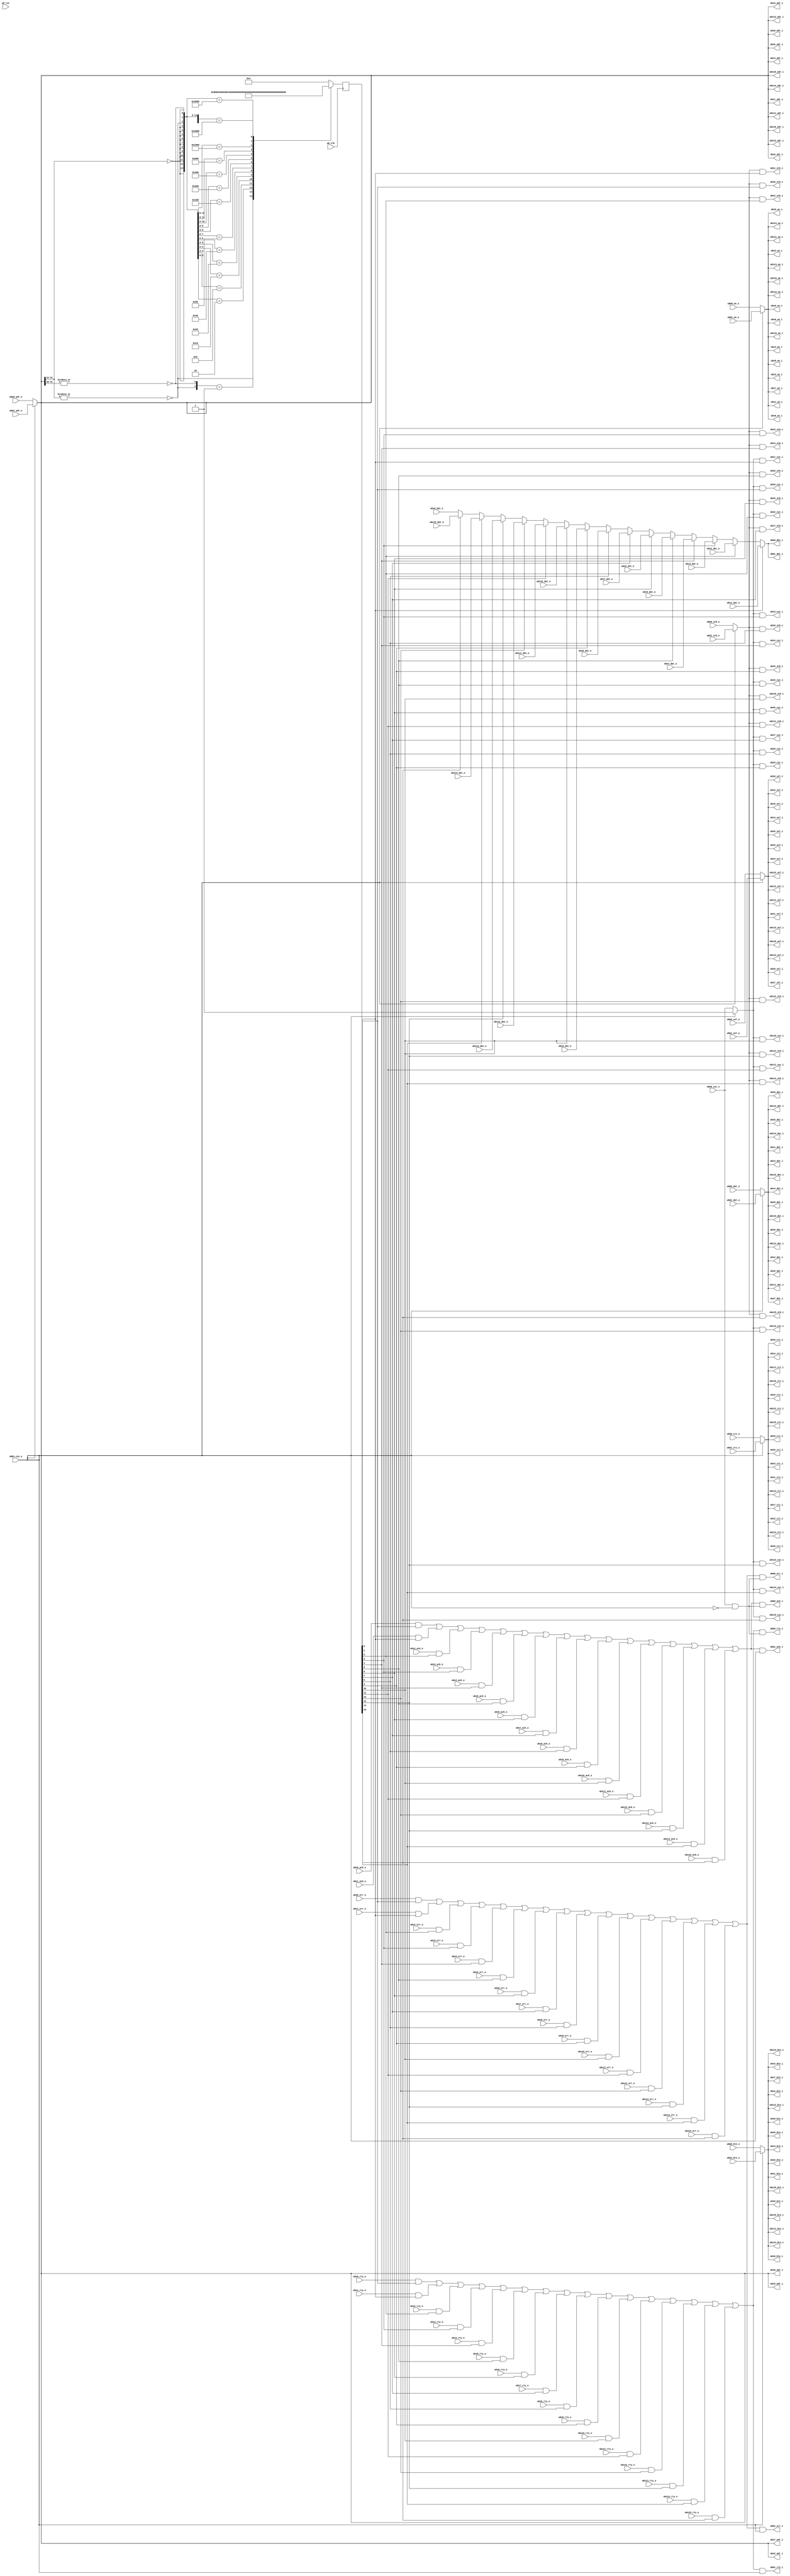
module arbiter_dbus
  (
   // or1200 data master
   // Wishbone Master interface
   wbm0_adr_o,
   wbm0_dat_o,
   wbm0_sel_o,
   wbm0_we_o,
   wbm0_cyc_o,
   wbm0_stb_o,
   wbm0_cti_o,
   wbm0_bte_o,
  
   wbm0_dat_i,
   wbm0_ack_i,
   wbm0_err_i,
   wbm0_rty_i,

   // or1200 debug master
   // Wishbone Master interface
   wbm1_adr_o,
   wbm1_dat_o,
   wbm1_sel_o,
   wbm1_we_o,
   wbm1_cyc_o,
   wbm1_stb_o,
   wbm1_cti_o,
   wbm1_bte_o,
  
   wbm1_dat_i,
   wbm1_ack_i,
   wbm1_err_i,
   wbm1_rty_i,

   // Slave one - DDR2
   // Wishbone Slave interface
   wbs0_adr_i,
   wbs0_dat_i,
   wbs0_sel_i,		    
   wbs0_we_i,
   wbs0_cyc_i,
   wbs0_stb_i,
   wbs0_cti_i,
   wbs0_bte_i,
  
   wbs0_dat_o,
   wbs0_ack_o,
   wbs0_err_o,
   wbs0_rty_o,

   // Slave two - Ethernet
   // Wishbone Slave interface
   wbs1_adr_i,
   wbs1_dat_i,
   wbs1_sel_i,		    
   wbs1_we_i,
   wbs1_cyc_i,
   wbs1_stb_i,
   wbs1_cti_i,
   wbs1_bte_i,
  
   wbs1_dat_o,
   wbs1_ack_o,
   wbs1_err_o,
   wbs1_rty_o,


   // Slave three - Byte bus - default
   // Wishbone Slave interface
   wbs2_adr_i,
   wbs2_dat_i,
   wbs2_sel_i,		    
   wbs2_we_i,
   wbs2_cyc_i,
   wbs2_stb_i,
   wbs2_cti_i,
   wbs2_bte_i,
  
   wbs2_dat_o,
   wbs2_ack_o,
   wbs2_err_o,
   wbs2_rty_o,

   // Slave four - ROM/RAM
   // Wishbone Slave interface
   wbs3_adr_i,
   wbs3_dat_i,
   wbs3_sel_i,		    
   wbs3_we_i,
   wbs3_cyc_i,
   wbs3_stb_i,
   wbs3_cti_i,
   wbs3_bte_i,
  
   wbs3_dat_o,
   wbs3_ack_o,
   wbs3_err_o,
   wbs3_rty_o,

   // Slave five - MD5
   // Wishbone Slave interface
   wbs4_adr_i,
   wbs4_dat_i,
   wbs4_sel_i,		    
   wbs4_we_i,
   wbs4_cyc_i,
   wbs4_stb_i,
   wbs4_cti_i,
   wbs4_bte_i,
  
   wbs4_dat_o,
   wbs4_ack_o,
   wbs4_err_o,
   wbs4_rty_o,

    wbs5_adr_i,
    wbs5_dat_i,
       wbs5_sel_i,    
    wbs5_we_i,
    wbs5_cyc_i,
    wbs5_stb_i,
    wbs5_cti_i,
    wbs5_bte_i,
   
    wbs5_dat_o,
    wbs5_ack_o,
    wbs5_err_o,
    wbs5_rty_o,
 
    wbs6_adr_i,
    wbs6_dat_i,
       wbs6_sel_i,    
    wbs6_we_i,
    wbs6_cyc_i,
    wbs6_stb_i,
    wbs6_cti_i,
    wbs6_bte_i,
   
    wbs6_dat_o,
    wbs6_ack_o,
    wbs6_err_o,
    wbs6_rty_o,
 
    wbs7_adr_i,
    wbs7_dat_i,
       wbs7_sel_i,    
    wbs7_we_i,
    wbs7_cyc_i,
    wbs7_stb_i,
    wbs7_cti_i,
    wbs7_bte_i,
   
    wbs7_dat_o,
    wbs7_ack_o,
    wbs7_err_o,
    wbs7_rty_o,
 
    wbs8_adr_i,
    wbs8_dat_i,
       wbs8_sel_i,    
    wbs8_we_i,
    wbs8_cyc_i,
    wbs8_stb_i,
    wbs8_cti_i,
    wbs8_bte_i,
   
    wbs8_dat_o,
    wbs8_ack_o,
    wbs8_err_o,
    wbs8_rty_o,
 
    wbs9_adr_i,
    wbs9_dat_i,
       wbs9_sel_i,    
    wbs9_we_i,
    wbs9_cyc_i,
    wbs9_stb_i,
    wbs9_cti_i,
    wbs9_bte_i,
   
    wbs9_dat_o,
    wbs9_ack_o,
    wbs9_err_o,
    wbs9_rty_o,
 
    wbs10_adr_i,
    wbs10_dat_i,
       wbs10_sel_i,    
    wbs10_we_i,
    wbs10_cyc_i,
    wbs10_stb_i,
    wbs10_cti_i,
    wbs10_bte_i,
   
    wbs10_dat_o,
    wbs10_ack_o,
    wbs10_err_o,
    wbs10_rty_o,
 
    wbs11_adr_i,
    wbs11_dat_i,
       wbs11_sel_i,    
    wbs11_we_i,
    wbs11_cyc_i,
    wbs11_stb_i,
    wbs11_cti_i,
    wbs11_bte_i,
   
    wbs11_dat_o,
    wbs11_ack_o,
    wbs11_err_o,
    wbs11_rty_o,
 
    wbs12_adr_i,
    wbs12_dat_i,
       wbs12_sel_i,    
    wbs12_we_i,
    wbs12_cyc_i,
    wbs12_stb_i,
    wbs12_cti_i,
    wbs12_bte_i,
   
    wbs12_dat_o,
    wbs12_ack_o,
    wbs12_err_o,
    wbs12_rty_o,
 
    wbs13_adr_i,
    wbs13_dat_i,
       wbs13_sel_i,    
    wbs13_we_i,
    wbs13_cyc_i,
    wbs13_stb_i,
    wbs13_cti_i,
    wbs13_bte_i,
   
    wbs13_dat_o,
    wbs13_ack_o,
    wbs13_err_o,
    wbs13_rty_o,
 
    wbs14_adr_i,
    wbs14_dat_i,
       wbs14_sel_i,    
    wbs14_we_i,
    wbs14_cyc_i,
    wbs14_stb_i,
    wbs14_cti_i,
    wbs14_bte_i,
   
    wbs14_dat_o,
    wbs14_ack_o,
    wbs14_err_o,
    wbs14_rty_o,
 
    wbs15_adr_i,
    wbs15_dat_i,
       wbs15_sel_i,    
    wbs15_we_i,
    wbs15_cyc_i,
    wbs15_stb_i,
    wbs15_cti_i,
    wbs15_bte_i,
   
    wbs15_dat_o,
    wbs15_ack_o,
    wbs15_err_o,
    wbs15_rty_o,
  
   wb_clk,
   wb_rst
   );

   parameter wb_dat_width = 32;
   parameter wb_adr_width = 32;

   parameter wb_addr_match_width = 8;
   parameter wb_num_slaves = 16; // defined in orpsoc-params and set in orpsoc_top

   // Slave addresses - these should be defparam'd from top level
   // Declare them as you need them
   parameter slave0_adr = 0;
   parameter slave1_adr = 0;
   parameter slave2_adr = 0;
   parameter slave3_adr = 0;
   parameter slave4_adr = 0;
   parameter slave5_adr = 0;
   parameter slave6_adr = 0;
   parameter slave7_adr = 0;
   parameter slave8_adr = 0;
   parameter slave9_adr = 0;
   parameter slave10_adr = 0;
   parameter slave11_adr = 0;
   parameter slave12_adr = 0;
   parameter slave13_adr = 0;
   parameter slave14_adr = 0;
   parameter slave15_adr = 0;
   parameter slave0_addr_width = 28;
   parameter slave1_addr_width = 8;
   parameter slave2_addr_width = 8;
   parameter slave3_addr_width = 24;
   parameter slave4_addr_width = 24;
   parameter slave5_addr_width = 24;
   parameter slave6_addr_width = 24;
   parameter slave7_addr_width = 24;
   parameter slave8_addr_width = 24;
   parameter slave9_addr_width = 24;
   parameter slave10_addr_width = 24;
   parameter slave11_addr_width = 24;
   parameter slave12_addr_width = 24;
   parameter slave13_addr_width = 24;
   parameter slave14_addr_width = 24;
   parameter slave15_addr_width = 24;
   
   // Select for slave 0
`define WB_ARB_ADDR_MATCH_SEL wb_adr_width-1:wb_adr_width-wb_addr_match_width

   input wb_clk;
   input wb_rst;
   
   // WB Master one
   input [wb_adr_width-1:0] wbm0_adr_o;
   input [wb_dat_width-1:0] wbm0_dat_o;
   input [3:0] 		    wbm0_sel_o;
   input 		    wbm0_we_o;
   input 		    wbm0_cyc_o;
   input 		    wbm0_stb_o;
   input [2:0] 		    wbm0_cti_o;
   input [1:0] 		    wbm0_bte_o;
   output [wb_dat_width-1:0] wbm0_dat_i;   
   output 		     wbm0_ack_i;
   output 		     wbm0_err_i;
   output 		     wbm0_rty_i;   
   
   
   input [wb_adr_width-1:0]  wbm1_adr_o;
   input [wb_dat_width-1:0]  wbm1_dat_o;
   input [3:0] 		     wbm1_sel_o;   
   input 		     wbm1_we_o;
   input 		     wbm1_cyc_o;
   input 		     wbm1_stb_o;
   input [2:0] 		     wbm1_cti_o;
   input [1:0] 		     wbm1_bte_o;
   output [wb_dat_width-1:0] wbm1_dat_i;   
   output 		     wbm1_ack_i;
   output 		     wbm1_err_i;
   output 		     wbm1_rty_i;   

   
   // Slave one
   // Wishbone Slave interface
   output [wb_adr_width-1:0] wbs0_adr_i;
   output [wb_dat_width-1:0] wbs0_dat_i;
   output [3:0]		     wbs0_sel_i;
   output 		     wbs0_we_i;
   output 		     wbs0_cyc_i;
   output 		     wbs0_stb_i;
   output [2:0] 	     wbs0_cti_i;
   output [1:0] 	     wbs0_bte_i;
   input [wb_dat_width-1:0]  wbs0_dat_o;
   input 		     wbs0_ack_o;
   input 		     wbs0_err_o;
   input 		     wbs0_rty_o;
   

   // Wishbone Slave interface
   output [wb_adr_width-1:0] wbs1_adr_i;
   output [wb_dat_width-1:0] wbs1_dat_i;
   output [3:0]		     wbs1_sel_i;
   output 		     wbs1_we_i;
   output 		     wbs1_cyc_i;
   output 		     wbs1_stb_i;
   output [2:0] 	     wbs1_cti_i;
   output [1:0] 	     wbs1_bte_i;
   input [wb_dat_width-1:0]  wbs1_dat_o;
   input 		     wbs1_ack_o;
   input 		     wbs1_err_o;
   input 		     wbs1_rty_o;
   

   // Wishbone Slave interface
   output [wb_adr_width-1:0] wbs2_adr_i;
   output [wb_dat_width-1:0] wbs2_dat_i;
   output [3:0]		     wbs2_sel_i;
   output 		     wbs2_we_i;
   output 		     wbs2_cyc_i;
   output 		     wbs2_stb_i;
   output [2:0] 	     wbs2_cti_i;
   output [1:0] 	     wbs2_bte_i;
   input [wb_dat_width-1:0]  wbs2_dat_o;
   input 		     wbs2_ack_o;
   input 		     wbs2_err_o;
   input 		     wbs2_rty_o;

   // Wishbone Slave interface
   output [wb_adr_width-1:0] wbs3_adr_i;
   output [wb_dat_width-1:0] wbs3_dat_i;
   output [3:0]		     wbs3_sel_i;
   output 		     wbs3_we_i;
   output 		     wbs3_cyc_i;
   output 		     wbs3_stb_i;
   output [2:0] 	     wbs3_cti_i;
   output [1:0] 	     wbs3_bte_i;
   input [wb_dat_width-1:0]  wbs3_dat_o;
   input 		     wbs3_ack_o;
   input 		     wbs3_err_o;
   input 		     wbs3_rty_o;

   // Wishbone Slave interface
   output [wb_adr_width-1:0] wbs4_adr_i;
   output [wb_dat_width-1:0] wbs4_dat_i;
   output [3:0]		     wbs4_sel_i;
   output 		     wbs4_we_i;
   output 		     wbs4_cyc_i;
   output 		     wbs4_stb_i;
   output [2:0] 	     wbs4_cti_i;
   output [1:0] 	     wbs4_bte_i;
   input [wb_dat_width-1:0]  wbs4_dat_o;
   input 		     wbs4_ack_o;
   input 		     wbs4_err_o;
   input 		     wbs4_rty_o;
   
   // Wishbone Slave interface
   output [wb_adr_width-1:0] wbs5_adr_i;
   output [wb_dat_width-1:0] wbs5_dat_i;
   output [3:0] 	     wbs5_sel_i;
   output 		     wbs5_we_i;
   output 		     wbs5_cyc_i;
   output 		     wbs5_stb_i;
   output [2:0] 	     wbs5_cti_i;
   output [1:0] 	     wbs5_bte_i;
   input [wb_dat_width-1:0]  wbs5_dat_o;
   input 		     wbs5_ack_o;
   input 		     wbs5_err_o;
   input 		     wbs5_rty_o;

   // Wishbone Slave interface
   output [wb_adr_width-1:0] wbs6_adr_i;
   output [wb_dat_width-1:0] wbs6_dat_i;
   output [3:0] 	     wbs6_sel_i;
   output 		     wbs6_we_i;
   output 		     wbs6_cyc_i;
   output 		     wbs6_stb_i;
   output [2:0] 	     wbs6_cti_i;
   output [1:0] 	     wbs6_bte_i;
   input [wb_dat_width-1:0]  wbs6_dat_o;
   input 		     wbs6_ack_o;
   input 		     wbs6_err_o;
   input 		     wbs6_rty_o;
   
   // Wishbone Slave interface
   output [wb_adr_width-1:0] wbs7_adr_i;
   output [wb_dat_width-1:0] wbs7_dat_i;
   output [3:0] 	     wbs7_sel_i;
   output 		     wbs7_we_i;
   output 		     wbs7_cyc_i;
   output 		     wbs7_stb_i;
   output [2:0] 	     wbs7_cti_i;
   output [1:0] 	     wbs7_bte_i;
   input [wb_dat_width-1:0]  wbs7_dat_o;
   input 		     wbs7_ack_o;
   input 		     wbs7_err_o;
   input 		     wbs7_rty_o;
   
   // Wishbone Slave interface
   output [wb_adr_width-1:0] wbs8_adr_i;
   output [wb_dat_width-1:0] wbs8_dat_i;
   output [3:0] 	     wbs8_sel_i;
   output 		     wbs8_we_i;
   output 		     wbs8_cyc_i;
   output 		     wbs8_stb_i;
   output [2:0] 	     wbs8_cti_i;
   output [1:0] 	     wbs8_bte_i;
   input [wb_dat_width-1:0]  wbs8_dat_o;
   input 		     wbs8_ack_o;
   input 		     wbs8_err_o;
   input 		     wbs8_rty_o;
   
   // Wishbone Slave interface
   output [wb_adr_width-1:0] wbs9_adr_i;
   output [wb_dat_width-1:0] wbs9_dat_i;
   output [3:0] 	     wbs9_sel_i;
   output 		     wbs9_we_i;
   output 		     wbs9_cyc_i;
   output 		     wbs9_stb_i;
   output [2:0] 	     wbs9_cti_i;
   output [1:0] 	     wbs9_bte_i;
   input [wb_dat_width-1:0]  wbs9_dat_o;
   input 		     wbs9_ack_o;
   input 		     wbs9_err_o;
   input 		     wbs9_rty_o;
   
   // Wishbone Slave interface
   output [wb_adr_width-1:0] wbs10_adr_i;
   output [wb_dat_width-1:0] wbs10_dat_i;
   output [3:0] 	     wbs10_sel_i;
   output 		     wbs10_we_i;
   output 		     wbs10_cyc_i;
   output 		     wbs10_stb_i;
   output [2:0] 	     wbs10_cti_i;
   output [1:0] 	     wbs10_bte_i;
   input [wb_dat_width-1:0]  wbs10_dat_o;
   input 		     wbs10_ack_o;
   input 		     wbs10_err_o;
   input 		     wbs10_rty_o;
   
   // Wishbone Slave interface
   output [wb_adr_width-1:0] wbs11_adr_i;
   output [wb_dat_width-1:0] wbs11_dat_i;
   output [3:0] 	     wbs11_sel_i;
   output 		     wbs11_we_i;
   output 		     wbs11_cyc_i;
   output 		     wbs11_stb_i;
   output [2:0] 	     wbs11_cti_i;
   output [1:0] 	     wbs11_bte_i;
   input [wb_dat_width-1:0]  wbs11_dat_o;
   input 		     wbs11_ack_o;
   input 		     wbs11_err_o;
   input 		     wbs11_rty_o;
   
   // Wishbone Slave interface
   output [wb_adr_width-1:0] wbs12_adr_i;
   output [wb_dat_width-1:0] wbs12_dat_i;
   output [3:0] 	     wbs12_sel_i;
   output 		     wbs12_we_i;
   output 		     wbs12_cyc_i;
   output 		     wbs12_stb_i;
   output [2:0] 	     wbs12_cti_i;
   output [1:0] 	     wbs12_bte_i;
   input [wb_dat_width-1:0]  wbs12_dat_o;
   input 		     wbs12_ack_o;
   input 		     wbs12_err_o;
   input 		     wbs12_rty_o;
   
   // Wishbone Slave interface
   output [wb_adr_width-1:0] wbs13_adr_i;
   output [wb_dat_width-1:0] wbs13_dat_i;
   output [3:0] 	     wbs13_sel_i;
   output 		     wbs13_we_i;
   output 		     wbs13_cyc_i;
   output 		     wbs13_stb_i;
   output [2:0] 	     wbs13_cti_i;
   output [1:0] 	     wbs13_bte_i;
   input [wb_dat_width-1:0]  wbs13_dat_o;
   input 		     wbs13_ack_o;
   input 		     wbs13_err_o;
   input 		     wbs13_rty_o;
   
   // Wishbone Slave interface
   output [wb_adr_width-1:0] wbs14_adr_i;
   output [wb_dat_width-1:0] wbs14_dat_i;
   output [3:0] 	     wbs14_sel_i;
   output 		     wbs14_we_i;
   output 		     wbs14_cyc_i;
   output 		     wbs14_stb_i;
   output [2:0] 	     wbs14_cti_i;
   output [1:0] 	     wbs14_bte_i;
   input [wb_dat_width-1:0]  wbs14_dat_o;
   input 		     wbs14_ack_o;
   input 		     wbs14_err_o;
   input 		     wbs14_rty_o;
   
   // Wishbone Slave interface
   output [wb_adr_width-1:0] wbs15_adr_i;
   output [wb_dat_width-1:0] wbs15_dat_i;
   output [3:0] 	     wbs15_sel_i;
   output 		     wbs15_we_i;
   output 		     wbs15_cyc_i;
   output 		     wbs15_stb_i;
   output [2:0] 	     wbs15_cti_i;
   output [1:0] 	     wbs15_bte_i;
   input [wb_dat_width-1:0]  wbs15_dat_o;
   input 		     wbs15_ack_o;
   input 		     wbs15_err_o;
   input 		     wbs15_rty_o;
   
   
   reg 		     watchdog_err;
   
   // Master input mux output wires
   wire [wb_adr_width-1:0]   wbm_adr_o;
   wire [wb_dat_width-1:0]   wbm_dat_o;
   wire [3:0] 		     wbm_sel_o;
   wire 		     wbm_we_o;
   wire 		     wbm_cyc_o;
   wire 		     wbm_stb_o;
   wire [2:0] 		     wbm_cti_o;
   wire [1:0] 		     wbm_bte_o;
   
   // Master select
   wire [1:0] 		     master_sel;
   // priority to wbm1, the debug master
   assign master_sel[0] = wbm0_cyc_o & !wbm1_cyc_o;
   assign master_sel[1] = wbm1_cyc_o;


   // Master input mux, priority to debug master
   assign wbm_adr_o = master_sel[1] ? wbm1_adr_o :
		      wbm0_adr_o;
   
   assign wbm_dat_o = master_sel[1] ? wbm1_dat_o :
		      wbm0_dat_o;
   
   assign wbm_sel_o = master_sel[1] ? wbm1_sel_o :
		      wbm0_sel_o;

   assign wbm_we_o = master_sel[1] ? wbm1_we_o :
		      wbm0_we_o;
   
   assign wbm_cyc_o = master_sel[1] ? wbm1_cyc_o :
		      wbm0_cyc_o;

   assign wbm_stb_o = master_sel[1] ? wbm1_stb_o :
		     wbm0_stb_o;

   assign wbm_cti_o = master_sel[1] ? wbm1_cti_o :
		     wbm0_cti_o;

   assign wbm_bte_o = master_sel[1] ? wbm1_bte_o :
		      wbm0_bte_o;


   wire [wb_dat_width-1:0]   wbm_dat_i;   
   wire 		     wbm_ack_i;
   wire 		     wbm_err_i;
   wire 		     wbm_rty_i;   

   // Control what master gets the slave's response
   assign wbm0_dat_i = wbm_dat_i;
   assign wbm0_ack_i = wbm_ack_i & master_sel[0];
   assign wbm0_err_i = wbm_err_i & master_sel[0];
   assign wbm0_rty_i = wbm_rty_i & master_sel[0];
   
   assign wbm1_dat_i = wbm_dat_i;
   assign wbm1_ack_i = wbm_ack_i & master_sel[1];
   assign wbm1_err_i = wbm_err_i & master_sel[1];
   assign wbm1_rty_i = wbm_rty_i & master_sel[1];
   
   // Slave select wire
   wire [wb_num_slaves-1:0]  wb_slave_sel;
   reg [wb_num_slaves-1:0]   wb_slave_sel_r;

   // Slave out mux in wires   
   wire [wb_dat_width-1:0]   wbs_dat_o_mux_i [0:wb_num_slaves-1];
   wire [wb_num_slaves-1:0]  wbs_ack_o_mux_i;
   wire [wb_num_slaves-1:0]  wbs_err_o_mux_i;
   wire [wb_num_slaves-1:0]  wbs_rty_o_mux_i;

   //
   // Slave selects
   //
     // ROM/RAM - Given priority
   assign wb_slave_sel[3] = ~|wbm_adr_o[wb_adr_width - 1:slave3_addr_width];
     // DDR
   assign wb_slave_sel[0] = ~|wbm_adr_o[wb_adr_width - 1:slave0_addr_width];
   assign wb_slave_sel[1] =  wbm_adr_o[`WB_ARB_ADDR_MATCH_SEL] == slave1_adr;
     // Auto select last slave when others are not selected
   assign wb_slave_sel[2] = 1'b1;
     // SoC Peripherals
   assign wb_slave_sel[4] =  wbm_adr_o[`WB_ARB_ADDR_MATCH_SEL] == slave4_adr;
   assign wb_slave_sel[5] =  wbm_adr_o[`WB_ARB_ADDR_MATCH_SEL] == slave5_adr;
   assign wb_slave_sel[6] =  wbm_adr_o[`WB_ARB_ADDR_MATCH_SEL] == slave6_adr;
   assign wb_slave_sel[7] =  wbm_adr_o[`WB_ARB_ADDR_MATCH_SEL] == slave7_adr;
   assign wb_slave_sel[8] =  wbm_adr_o[`WB_ARB_ADDR_MATCH_SEL] == slave8_adr;
   assign wb_slave_sel[9] =  wbm_adr_o[`WB_ARB_ADDR_MATCH_SEL] == slave9_adr;
   assign wb_slave_sel[10] = wbm_adr_o[`WB_ARB_ADDR_MATCH_SEL] == slave10_adr;
   assign wb_slave_sel[11] = wbm_adr_o[`WB_ARB_ADDR_MATCH_SEL] == slave11_adr;
   assign wb_slave_sel[12] = wbm_adr_o[`WB_ARB_ADDR_MATCH_SEL] == slave12_adr;
   assign wb_slave_sel[13] = wbm_adr_o[`WB_ARB_ADDR_MATCH_SEL] == slave13_adr;
   assign wb_slave_sel[14] = wbm_adr_o[`WB_ARB_ADDR_MATCH_SEL] == slave14_adr;
   assign wb_slave_sel[15] = wbm_adr_o[`WB_ARB_ADDR_MATCH_SEL] == slave15_adr;


   // Register wb_slave_sel_r to break combinatorial loop when selecting default
   // slave
   always @(posedge wb_clk) begin
      casez(wb_slave_sel)
	16'bzzzzzzzzzzzz1zzz: wb_slave_sel_r <= 16'h0008; // RAM
	16'bzzzzzzzzzzzz0zz1: wb_slave_sel_r <= 16'h0001; // DDR
	16'bzzzzzzzzzzzz0z10: wb_slave_sel_r <= 16'h0002;
	16'bzzzzzzzzzzz10z00: wb_slave_sel_r <= 16'h0010;
	16'bzzzzzzzzzz100z00: wb_slave_sel_r <= 16'h0020;
	16'bzzzzzzzzz1000z00: wb_slave_sel_r <= 16'h0040;
	16'bzzzzzzzz10000z00: wb_slave_sel_r <= 16'h0080;
	16'bzzzzzzz100000z00: wb_slave_sel_r <= 16'h0100;
	16'bzzzzzz1000000z00: wb_slave_sel_r <= 16'h0200;
	16'bzzzzz10000000z00: wb_slave_sel_r <= 16'h0400;
	16'bzzzz100000000z00: wb_slave_sel_r <= 16'h0800;
	16'bzzz1000000000z00: wb_slave_sel_r <= 16'h1000;
	16'bzz10000000000z00: wb_slave_sel_r <= 16'h2000;
	16'bz100000000000z00: wb_slave_sel_r <= 16'h4000;
	16'b1000000000000z00: wb_slave_sel_r <= 16'h8000;
    default:                  wb_slave_sel_r <= 16'h0004; // Byte bus
      endcase
   end      
   
`ifdef ARBITER_DBUS_WATCHDOG
   reg [`ARBITER_DBUS_WATCHDOG_TIMER_WIDTH:0] watchdog_timer;
   reg 			     wbm_stb_r; // Register strobe
   wire 		     wbm_stb_edge; // Detect its edge

   always @(posedge wb_clk)
     wbm_stb_r <= wbm_stb_o;

   assign wbm_stb_edge = (wbm_stb_o & !wbm_stb_r);
   
   // Counter logic
   always @(posedge wb_clk)
     if (wb_rst) watchdog_timer <= 0;
     else if (wbm_ack_i) // When we see an ack, turn off timer
       watchdog_timer <= 0;
     else if (wbm_stb_edge) // New access means start timer again
       watchdog_timer <= 1;
     else if (|watchdog_timer) // Continue counting if counter > 0
       watchdog_timer <= watchdog_timer + 1;

   always @(posedge wb_clk) 
     watchdog_err <= (&watchdog_timer);

   
`else // !`ifdef ARBITER_DBUS_WATCHDOG
   
   always @(posedge wb_clk) 
     watchdog_err <= 0;
   
`endif // !`ifdef ARBITER_DBUS_WATCHDOG

   
   // Slave 0 inputs
   assign wbs0_adr_i = wbm_adr_o;
   assign wbs0_dat_i = wbm_dat_o;
   assign wbs0_sel_i = wbm_sel_o;
   assign wbs0_cyc_i = wbm_cyc_o & wb_slave_sel_r[0];
   assign wbs0_stb_i = wbm_stb_o & wb_slave_sel_r[0];   
   assign wbs0_we_i =  wbm_we_o;
   assign wbs0_cti_i = wbm_cti_o;
   assign wbs0_bte_i = wbm_bte_o;
   assign wbs_dat_o_mux_i[0] = wbs0_dat_o;
   assign wbs_ack_o_mux_i[0] = wbs0_ack_o & wb_slave_sel_r[0];
   assign wbs_err_o_mux_i[0] = wbs0_err_o & wb_slave_sel_r[0];
   assign wbs_rty_o_mux_i[0] = wbs0_rty_o & wb_slave_sel_r[0];


   // Slave 1 inputs
   assign wbs1_adr_i = wbm_adr_o;
   assign wbs1_dat_i = wbm_dat_o;
   assign wbs1_sel_i = wbm_sel_o;
   assign wbs1_cyc_i = wbm_cyc_o & wb_slave_sel_r[1];
   assign wbs1_stb_i = wbm_stb_o & wb_slave_sel_r[1];   
   assign wbs1_we_i =  wbm_we_o;
   assign wbs1_cti_i = wbm_cti_o;
   assign wbs1_bte_i = wbm_bte_o;
   assign wbs_dat_o_mux_i[1] = wbs1_dat_o;
   assign wbs_ack_o_mux_i[1] = wbs1_ack_o & wb_slave_sel_r[1];
   assign wbs_err_o_mux_i[1] = wbs1_err_o & wb_slave_sel_r[1];
   assign wbs_rty_o_mux_i[1] = wbs1_rty_o & wb_slave_sel_r[1];


   // Slave 2 inputs
   assign wbs2_adr_i = wbm_adr_o;
   assign wbs2_dat_i = wbm_dat_o;
   assign wbs2_sel_i = wbm_sel_o;
   assign wbs2_cyc_i = wbm_cyc_o & wb_slave_sel_r[2];
   assign wbs2_stb_i = wbm_stb_o & wb_slave_sel_r[2];   
   assign wbs2_we_i =  wbm_we_o;
   assign wbs2_cti_i = wbm_cti_o;
   assign wbs2_bte_i = wbm_bte_o;
   assign wbs_dat_o_mux_i[2] = wbs2_dat_o;
   assign wbs_ack_o_mux_i[2] = wbs2_ack_o & wb_slave_sel_r[2];
   assign wbs_err_o_mux_i[2] = wbs2_err_o & wb_slave_sel_r[2];
   assign wbs_rty_o_mux_i[2] = wbs2_rty_o & wb_slave_sel_r[2];

   // Slave 3 inputs
   assign wbs3_adr_i = wbm_adr_o;
   assign wbs3_dat_i = wbm_dat_o;
   assign wbs3_sel_i = wbm_sel_o;
   assign wbs3_cyc_i = wbm_cyc_o & wb_slave_sel_r[3];
   assign wbs3_stb_i = wbm_stb_o & wb_slave_sel_r[3];   
   assign wbs3_we_i =  wbm_we_o;
   assign wbs3_cti_i = wbm_cti_o;
   assign wbs3_bte_i = wbm_bte_o;
   assign wbs_dat_o_mux_i[3] = wbs3_dat_o;
   assign wbs_ack_o_mux_i[3] = wbs3_ack_o & wb_slave_sel_r[3];
   assign wbs_err_o_mux_i[3] = wbs3_err_o & wb_slave_sel_r[3];
   assign wbs_rty_o_mux_i[3] = wbs3_rty_o & wb_slave_sel_r[3];

   // Slave 4 inputs
   assign wbs4_adr_i = wbm_adr_o;
   assign wbs4_dat_i = wbm_dat_o;
   assign wbs4_sel_i = wbm_sel_o;
   assign wbs4_cyc_i = wbm_cyc_o & wb_slave_sel_r[4];
   assign wbs4_stb_i = wbm_stb_o & wb_slave_sel_r[4];   
   assign wbs4_we_i =  wbm_we_o;
   assign wbs4_cti_i = wbm_cti_o;
   assign wbs4_bte_i = wbm_bte_o;
   assign wbs_dat_o_mux_i[4] = wbs4_dat_o;
   assign wbs_ack_o_mux_i[4] = wbs4_ack_o & wb_slave_sel_r[4];
   assign wbs_err_o_mux_i[4] = wbs4_err_o & wb_slave_sel_r[4];
   assign wbs_rty_o_mux_i[4] = wbs4_rty_o & wb_slave_sel_r[4];

   // Slave 5 inputs
   assign wbs5_adr_i = wbm_adr_o;
   assign wbs5_dat_i = wbm_dat_o;
   assign wbs5_sel_i = wbm_sel_o;
   assign wbs5_cyc_i = wbm_cyc_o & wb_slave_sel_r[5];
   assign wbs5_stb_i = wbm_stb_o & wb_slave_sel_r[5];
   assign wbs5_we_i =  wbm_we_o;
   assign wbs5_cti_i = wbm_cti_o;
   assign wbs5_bte_i = wbm_bte_o;
   assign wbs_dat_o_mux_i[5] = wbs5_dat_o;
   assign wbs_ack_o_mux_i[5] = wbs5_ack_o & wb_slave_sel_r[5];
   assign wbs_err_o_mux_i[5] = wbs5_err_o & wb_slave_sel_r[5];
   assign wbs_rty_o_mux_i[5] = wbs5_rty_o & wb_slave_sel_r[5];
   
   // Slave 6 inputs
   assign wbs6_adr_i = wbm_adr_o;
   assign wbs6_dat_i = wbm_dat_o;
   assign wbs6_sel_i = wbm_sel_o;
   assign wbs6_cyc_i = wbm_cyc_o & wb_slave_sel_r[6];
   assign wbs6_stb_i = wbm_stb_o & wb_slave_sel_r[6];
   assign wbs6_we_i =  wbm_we_o;
   assign wbs6_cti_i = wbm_cti_o;
   assign wbs6_bte_i = wbm_bte_o;
   assign wbs_dat_o_mux_i[6] = wbs6_dat_o;
   assign wbs_ack_o_mux_i[6] = wbs6_ack_o & wb_slave_sel_r[6];
   assign wbs_err_o_mux_i[6] = wbs6_err_o & wb_slave_sel_r[6];
   assign wbs_rty_o_mux_i[6] = wbs6_rty_o & wb_slave_sel_r[6];
   
   // Slave 7 inputs
   assign wbs7_adr_i = wbm_adr_o;
   assign wbs7_dat_i = wbm_dat_o;
   assign wbs7_sel_i = wbm_sel_o;
   assign wbs7_cyc_i = wbm_cyc_o & wb_slave_sel_r[7];
   assign wbs7_stb_i = wbm_stb_o & wb_slave_sel_r[7];
   assign wbs7_we_i =  wbm_we_o;
   assign wbs7_cti_i = wbm_cti_o;
   assign wbs7_bte_i = wbm_bte_o;
   assign wbs_dat_o_mux_i[7] = wbs7_dat_o;
   assign wbs_ack_o_mux_i[7] = wbs7_ack_o & wb_slave_sel_r[7];
   assign wbs_err_o_mux_i[7] = wbs7_err_o & wb_slave_sel_r[7];
   assign wbs_rty_o_mux_i[7] = wbs7_rty_o & wb_slave_sel_r[7];
   
   // Slave 8 inputs
   assign wbs8_adr_i = wbm_adr_o;
   assign wbs8_dat_i = wbm_dat_o;
   assign wbs8_sel_i = wbm_sel_o;
   assign wbs8_cyc_i = wbm_cyc_o & wb_slave_sel_r[8];
   assign wbs8_stb_i = wbm_stb_o & wb_slave_sel_r[8];
   assign wbs8_we_i =  wbm_we_o;
   assign wbs8_cti_i = wbm_cti_o;
   assign wbs8_bte_i = wbm_bte_o;
   assign wbs_dat_o_mux_i[8] = wbs8_dat_o;
   assign wbs_ack_o_mux_i[8] = wbs8_ack_o & wb_slave_sel_r[8];
   assign wbs_err_o_mux_i[8] = wbs8_err_o & wb_slave_sel_r[8];
   assign wbs_rty_o_mux_i[8] = wbs8_rty_o & wb_slave_sel_r[8];
   
   // Slave 9 inputs
   assign wbs9_adr_i = wbm_adr_o;
   assign wbs9_dat_i = wbm_dat_o;
   assign wbs9_sel_i = wbm_sel_o;
   assign wbs9_cyc_i = wbm_cyc_o & wb_slave_sel_r[9];
   assign wbs9_stb_i = wbm_stb_o & wb_slave_sel_r[9];
   assign wbs9_we_i =  wbm_we_o;
   assign wbs9_cti_i = wbm_cti_o;
   assign wbs9_bte_i = wbm_bte_o;
   assign wbs_dat_o_mux_i[9] = wbs9_dat_o;
   assign wbs_ack_o_mux_i[9] = wbs9_ack_o & wb_slave_sel_r[9];
   assign wbs_err_o_mux_i[9] = wbs9_err_o & wb_slave_sel_r[9];
   assign wbs_rty_o_mux_i[9] = wbs9_rty_o & wb_slave_sel_r[9];
   
   // Slave 10 inputs
   assign wbs10_adr_i = wbm_adr_o;
   assign wbs10_dat_i = wbm_dat_o;
   assign wbs10_sel_i = wbm_sel_o;
   assign wbs10_cyc_i = wbm_cyc_o & wb_slave_sel_r[10];
   assign wbs10_stb_i = wbm_stb_o & wb_slave_sel_r[10];
   assign wbs10_we_i =  wbm_we_o;
   assign wbs10_cti_i = wbm_cti_o;
   assign wbs10_bte_i = wbm_bte_o;
   assign wbs_dat_o_mux_i[10] = wbs10_dat_o;
   assign wbs_ack_o_mux_i[10] = wbs10_ack_o & wb_slave_sel_r[10];
   assign wbs_err_o_mux_i[10] = wbs10_err_o & wb_slave_sel_r[10];
   assign wbs_rty_o_mux_i[10] = wbs10_rty_o & wb_slave_sel_r[10];
   
   // Slave 11 inputs
   assign wbs11_adr_i = wbm_adr_o;
   assign wbs11_dat_i = wbm_dat_o;
   assign wbs11_sel_i = wbm_sel_o;
   assign wbs11_cyc_i = wbm_cyc_o & wb_slave_sel_r[11];
   assign wbs11_stb_i = wbm_stb_o & wb_slave_sel_r[11];
   assign wbs11_we_i =  wbm_we_o;
   assign wbs11_cti_i = wbm_cti_o;
   assign wbs11_bte_i = wbm_bte_o;
   assign wbs_dat_o_mux_i[11] = wbs11_dat_o;
   assign wbs_ack_o_mux_i[11] = wbs11_ack_o & wb_slave_sel_r[11];
   assign wbs_err_o_mux_i[11] = wbs11_err_o & wb_slave_sel_r[11];
   assign wbs_rty_o_mux_i[11] = wbs11_rty_o & wb_slave_sel_r[11];
   
   // Slave 12 inputs
   assign wbs12_adr_i = wbm_adr_o;
   assign wbs12_dat_i = wbm_dat_o;
   assign wbs12_sel_i = wbm_sel_o;
   assign wbs12_cyc_i = wbm_cyc_o & wb_slave_sel_r[12];
   assign wbs12_stb_i = wbm_stb_o & wb_slave_sel_r[12];
   assign wbs12_we_i =  wbm_we_o;
   assign wbs12_cti_i = wbm_cti_o;
   assign wbs12_bte_i = wbm_bte_o;
   assign wbs_dat_o_mux_i[12] = wbs12_dat_o;
   assign wbs_ack_o_mux_i[12] = wbs12_ack_o & wb_slave_sel_r[12];
   assign wbs_err_o_mux_i[12] = wbs12_err_o & wb_slave_sel_r[12];
   assign wbs_rty_o_mux_i[12] = wbs12_rty_o & wb_slave_sel_r[12];
   
   // Slave 13 inputs
   assign wbs13_adr_i = wbm_adr_o;
   assign wbs13_dat_i = wbm_dat_o;
   assign wbs13_sel_i = wbm_sel_o;
   assign wbs13_cyc_i = wbm_cyc_o & wb_slave_sel_r[13];
   assign wbs13_stb_i = wbm_stb_o & wb_slave_sel_r[13];
   assign wbs13_we_i =  wbm_we_o;
   assign wbs13_cti_i = wbm_cti_o;
   assign wbs13_bte_i = wbm_bte_o;
   assign wbs_dat_o_mux_i[13] = wbs13_dat_o;
   assign wbs_ack_o_mux_i[13] = wbs13_ack_o & wb_slave_sel_r[13];
   assign wbs_err_o_mux_i[13] = wbs13_err_o & wb_slave_sel_r[13];
   assign wbs_rty_o_mux_i[13] = wbs13_rty_o & wb_slave_sel_r[13];
   
   // Slave 14 inputs
   assign wbs14_adr_i = wbm_adr_o;
   assign wbs14_dat_i = wbm_dat_o;
   assign wbs14_sel_i = wbm_sel_o;
   assign wbs14_cyc_i = wbm_cyc_o & wb_slave_sel_r[14];
   assign wbs14_stb_i = wbm_stb_o & wb_slave_sel_r[14];
   assign wbs14_we_i =  wbm_we_o;
   assign wbs14_cti_i = wbm_cti_o;
   assign wbs14_bte_i = wbm_bte_o;
   assign wbs_dat_o_mux_i[14] = wbs14_dat_o;
   assign wbs_ack_o_mux_i[14] = wbs14_ack_o & wb_slave_sel_r[14];
   assign wbs_err_o_mux_i[14] = wbs14_err_o & wb_slave_sel_r[14];
   assign wbs_rty_o_mux_i[14] = wbs14_rty_o & wb_slave_sel_r[14];
   
   // Slave 15 inputs
   assign wbs15_adr_i = wbm_adr_o;
   assign wbs15_dat_i = wbm_dat_o;
   assign wbs15_sel_i = wbm_sel_o;
   assign wbs15_cyc_i = wbm_cyc_o & wb_slave_sel_r[15];
   assign wbs15_stb_i = wbm_stb_o & wb_slave_sel_r[15];
   assign wbs15_we_i =  wbm_we_o;
   assign wbs15_cti_i = wbm_cti_o;
   assign wbs15_bte_i = wbm_bte_o;
   assign wbs_dat_o_mux_i[15] = wbs15_dat_o;
   assign wbs_ack_o_mux_i[15] = wbs15_ack_o & wb_slave_sel_r[15];
   assign wbs_err_o_mux_i[15] = wbs15_err_o & wb_slave_sel_r[15];
   assign wbs_rty_o_mux_i[15] = wbs15_rty_o & wb_slave_sel_r[15];
   
   // Master out mux from slave in data
   assign wbm_dat_i = wb_slave_sel_r[1] ?  wbs_dat_o_mux_i[1] :
		      wb_slave_sel_r[2] ?  wbs_dat_o_mux_i[2] :
		      wb_slave_sel_r[3] ?  wbs_dat_o_mux_i[3] :
		      wb_slave_sel_r[4] ?  wbs_dat_o_mux_i[4] :
		      wb_slave_sel_r[5] ?  wbs_dat_o_mux_i[5] :
		      wb_slave_sel_r[6] ?  wbs_dat_o_mux_i[6] :
		      wb_slave_sel_r[7] ?  wbs_dat_o_mux_i[7] :
		      wb_slave_sel_r[8] ?  wbs_dat_o_mux_i[8] :
		      wb_slave_sel_r[9] ?  wbs_dat_o_mux_i[9] :
		      wb_slave_sel_r[10] ? wbs_dat_o_mux_i[10] :
		      wb_slave_sel_r[11] ? wbs_dat_o_mux_i[11] :
		      wb_slave_sel_r[12] ? wbs_dat_o_mux_i[12] :
		      wb_slave_sel_r[13] ? wbs_dat_o_mux_i[13] :
		      wb_slave_sel_r[14] ? wbs_dat_o_mux_i[14] :
		      wb_slave_sel_r[15] ? wbs_dat_o_mux_i[15] :
		                           wbs_dat_o_mux_i[0];

   // Master out acks, or together
   assign wbm_ack_i = wbs_ack_o_mux_i[0] |
		      wbs_ack_o_mux_i[1] |
		      wbs_ack_o_mux_i[2] |
		      wbs_ack_o_mux_i[3] |
		      wbs_ack_o_mux_i[4] |
		      wbs_ack_o_mux_i[5] |
		      wbs_ack_o_mux_i[6] |
		      wbs_ack_o_mux_i[7] |
		      wbs_ack_o_mux_i[8] |
		      wbs_ack_o_mux_i[9] |
		      wbs_ack_o_mux_i[10] |
		      wbs_ack_o_mux_i[11] |
		      wbs_ack_o_mux_i[12] |
		      wbs_ack_o_mux_i[13] |
		      wbs_ack_o_mux_i[14] |
		      wbs_ack_o_mux_i[15] ;

      assign wbm_err_i = wbs_err_o_mux_i[0] |
		      wbs_err_o_mux_i[1] |
		      wbs_err_o_mux_i[2] |
		      wbs_err_o_mux_i[3] |
		      wbs_err_o_mux_i[4] |
		      wbs_err_o_mux_i[5] |
		      wbs_err_o_mux_i[6] |
		      wbs_err_o_mux_i[7] |
		      wbs_err_o_mux_i[8] |
		      wbs_err_o_mux_i[9] |
		      wbs_err_o_mux_i[10] |
		      wbs_err_o_mux_i[11] |
		      wbs_err_o_mux_i[12] |
		      wbs_err_o_mux_i[13] |
		      wbs_err_o_mux_i[14] |
		      wbs_err_o_mux_i[15] ;

      assign wbm_rty_i = wbs_rty_o_mux_i[0] |
		      wbs_rty_o_mux_i[1] |
		      wbs_rty_o_mux_i[2] |
		      wbs_rty_o_mux_i[3] |
		      wbs_rty_o_mux_i[4] |
		      wbs_rty_o_mux_i[5] |
		      wbs_rty_o_mux_i[6] |
		      wbs_rty_o_mux_i[7] |
		      wbs_rty_o_mux_i[8] |
		      wbs_rty_o_mux_i[9] |
		      wbs_rty_o_mux_i[10] |
		      wbs_rty_o_mux_i[11] |
		      wbs_rty_o_mux_i[12] |
		      wbs_rty_o_mux_i[13] |
		      wbs_rty_o_mux_i[14] |
		      wbs_rty_o_mux_i[15] ;

   // ModelSim doesn't like the compact way of doing the above
   //assign wbm_ack_i = ! wbs_ack_o_mux_i;
   //assign wbm_err_i = | wbs_err_o_mux_i;
   //assign wbm_rty_i = | wbs_rty_o_mux_i;   
   
endmodule